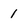
Character: 1